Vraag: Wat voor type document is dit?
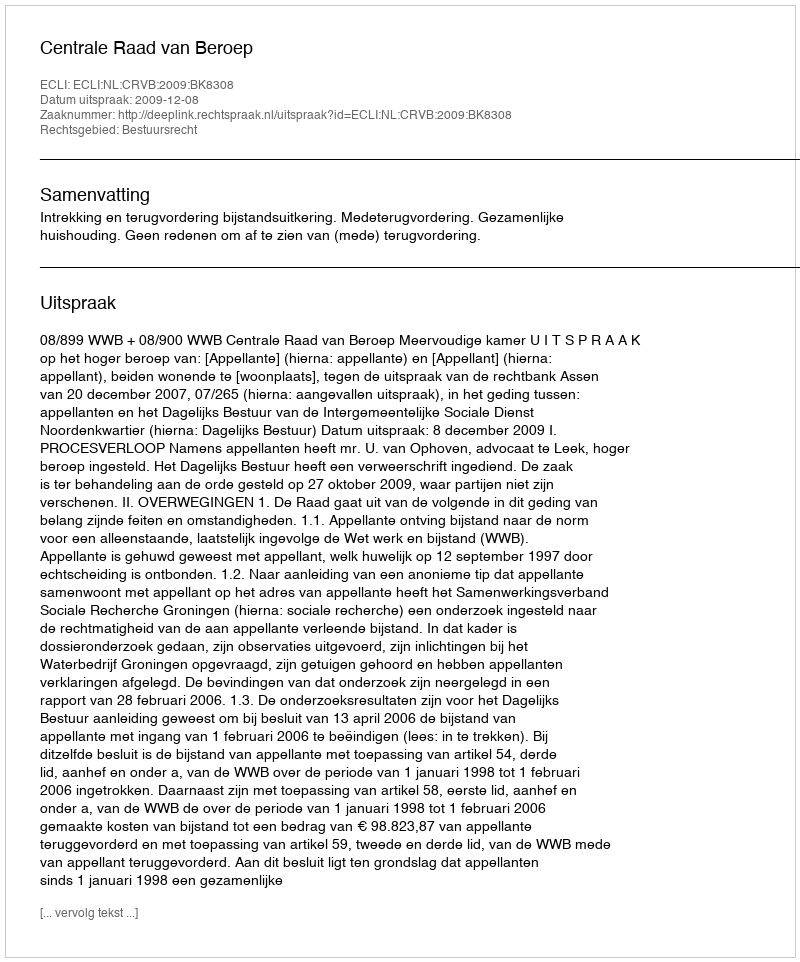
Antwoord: Uitspraak